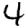
Digit: 4